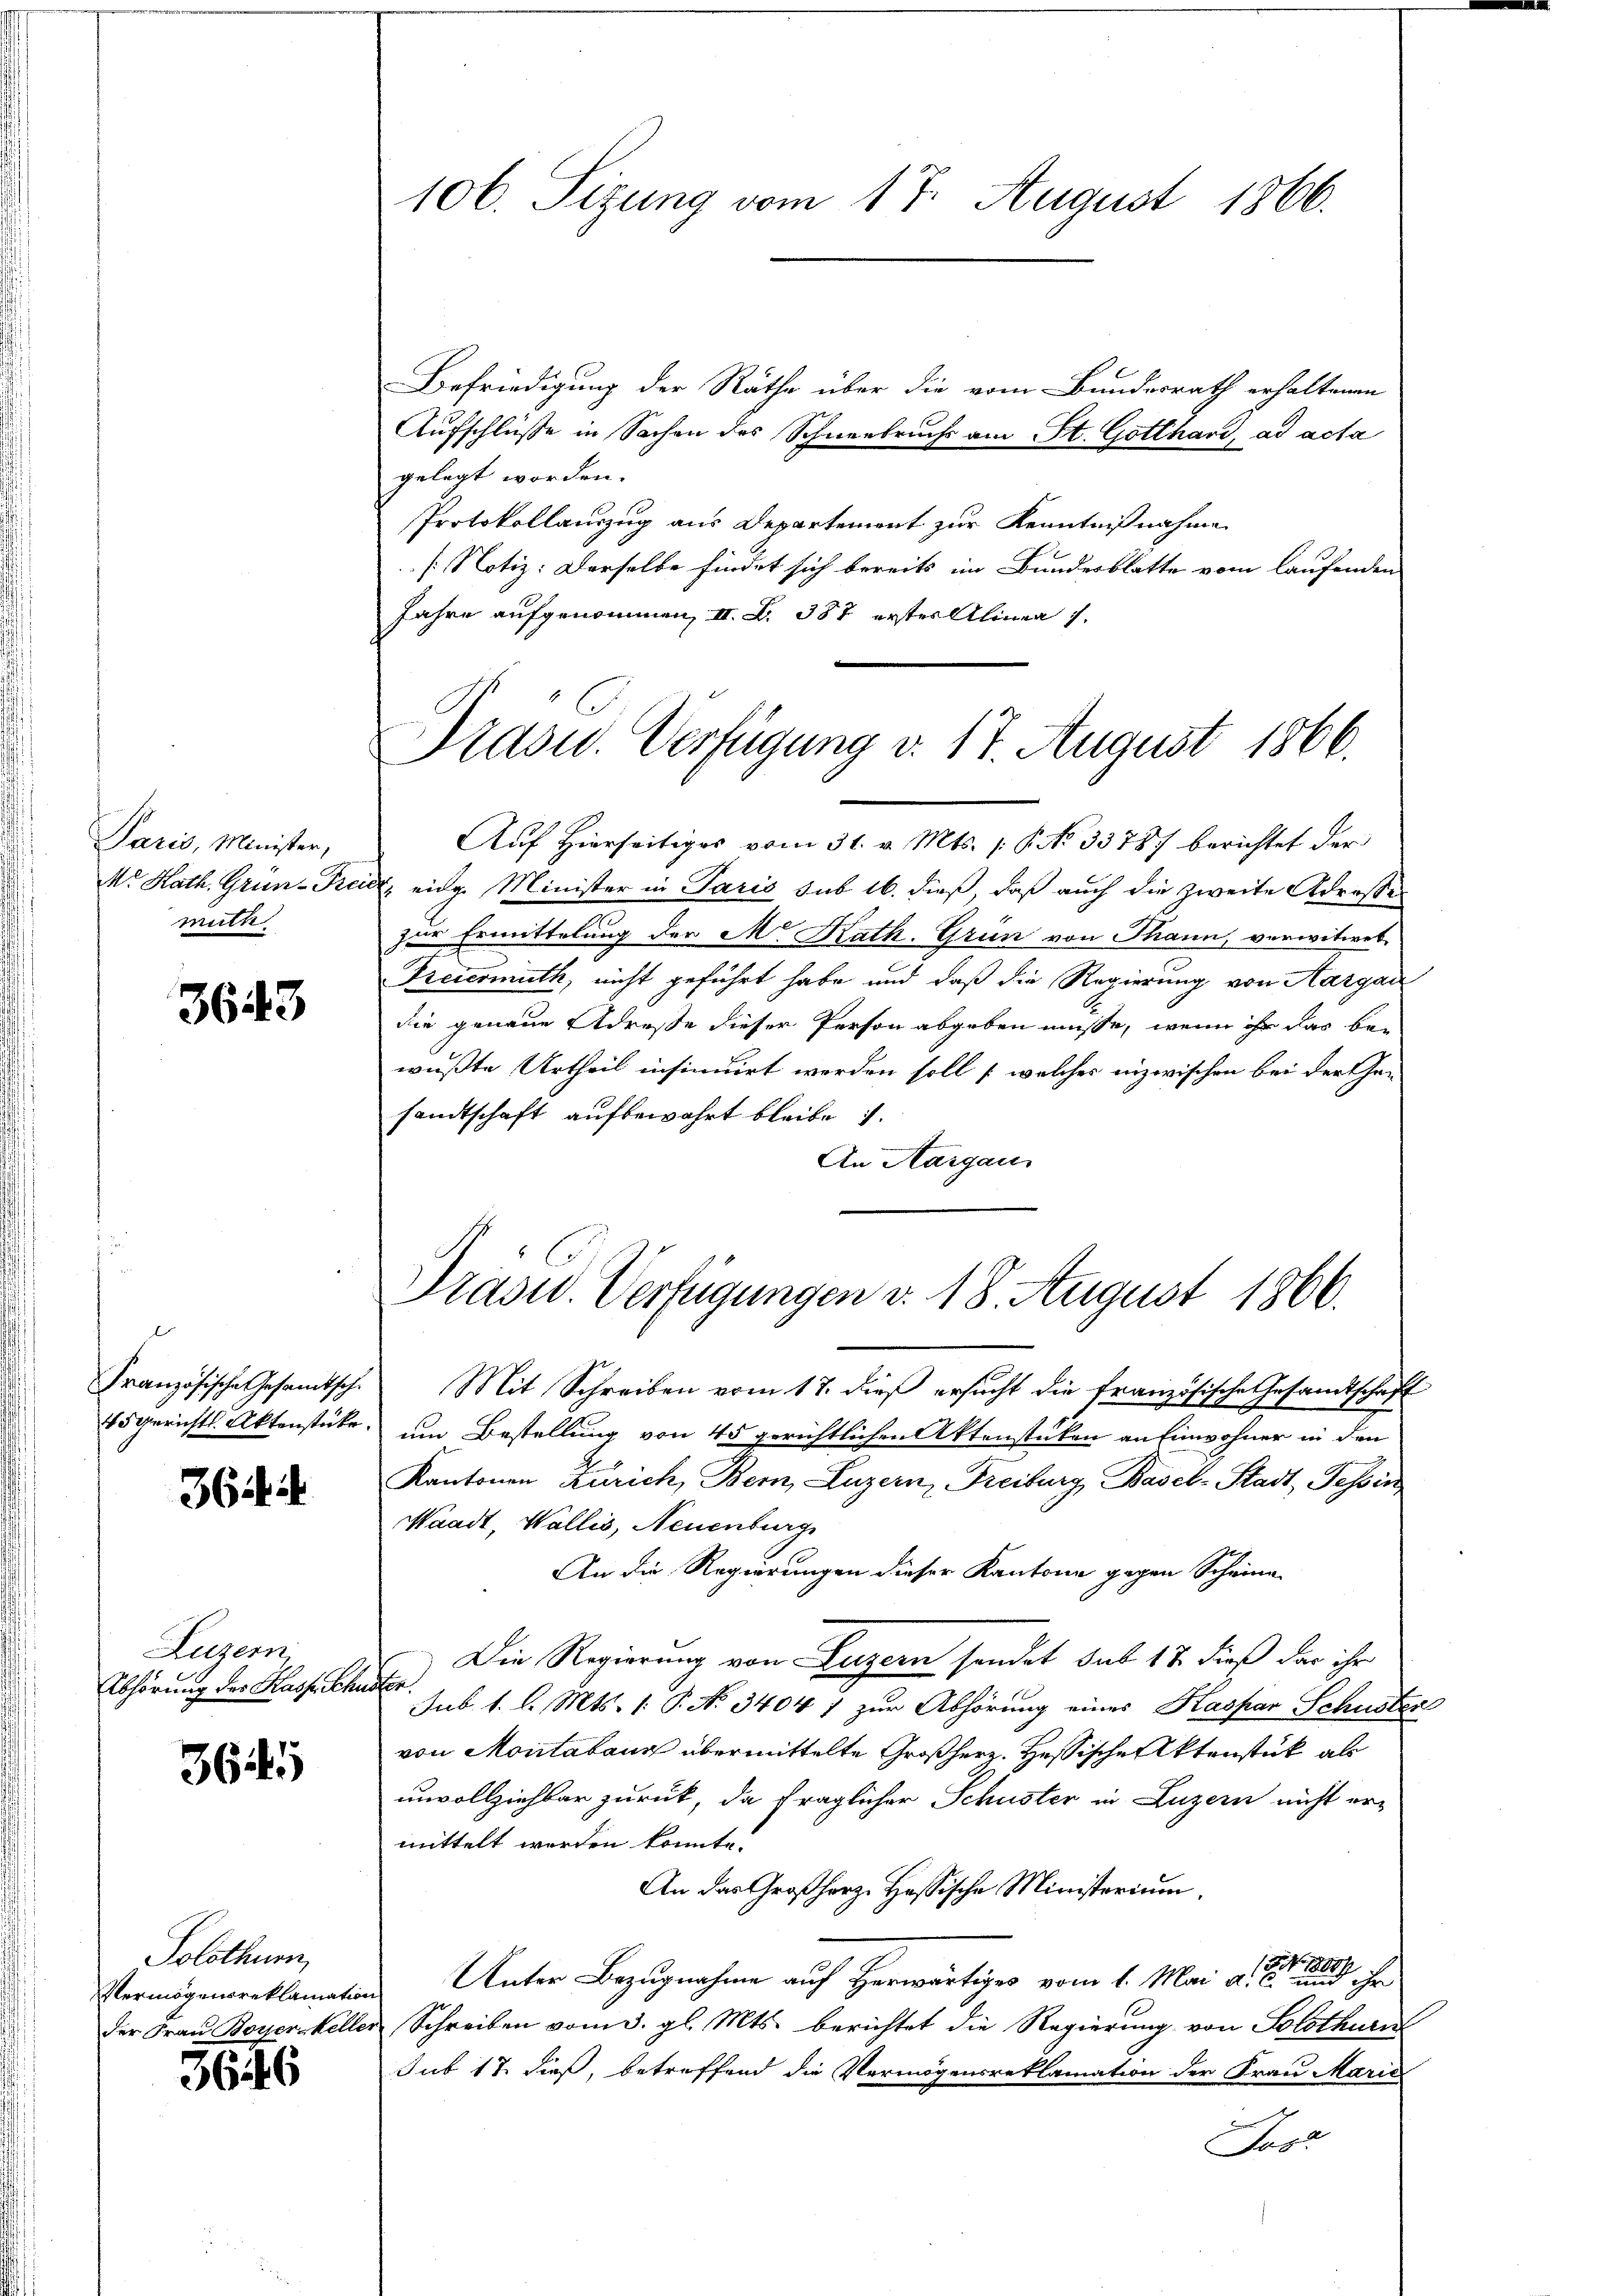
Paris, Minister,
Mr. Hath. Grün-Frei
muth

3643

Französische Gesandtsch
45 gerichts. Aktenstücke

364.

Luzern
Abhörung des Hasse Schr

3645

Solothur,
Vermögensreklamatio
der Frau Boyer Kelle

646

106. Sizung vom 17. August 1866.

Prasid. Verfügung v. 17. August 1866.

Befriedigung der Räthe über die vom Bundesrath erhaltenen
Aufschlüsse in Sachen des Schneebruchs am St. Gotthard, ad acta
gelegt worden.
Protokollauszug aus Departement zur Kenntnißnahme
[Notiz: Derselbe findet sich bereits im Bundesblatte vom laufenden
Jahre aufgenommen, II. R. 387 erster Alinen 1.
Auf hierseitiges vom 31. v. Mts. 1. No. 33787 berichtet der
d. eidg. Minister in Paris sub 16. dieß, daß auch die zweite Adresses
zur Ermittelung der M. Kath. Grün von Thann, verwitwet
Freiermuth, nicht geführt habe und daß die Regierung von Aargau
die genaue Adresse dieser Person abgeben müsse, wenn ihr dar bei
wußte Urtheil insinuirt werden soll (welcher inzwischen bei der Gen
sandtschaft aufbewahrt bleibe i
An Aargaus
Präsid. Verfügungen d. 18 August 1866.
Mit Schreiben vom 17. dieß ersucht die französische Gesandtschaft
um Bestellung von 45 gerichtlichen Aktenstücken an Einwohner in den
Kantonen Zürich, Bern, Luzern, Freiburg, Basel-Stadt, Tessin
Waadt, Wallis, Neuenburg
An die Regierungen dieser Kantone gegen Scheine
Die Regierung von Luzern sendet sub 12 dieß das ihr
h
Sub. 1. l. Mts. (: P. N. 3404 1 zur Abhörung eines Kaspar Schuster
von Montabann übermittelte Großherz. Hessische Aktenstück als
unvollziehbar zurück, da fraglicher Schuster in Luzern nicht er-
mittelt werden könnte.
An das Großherz. Hassische Ministerium,
Unter Bezugnahme auf Herwärtiges vom 1. Mai d. J. an ihr
in Schreiben vom 3. gl. Mts. berichtet die Regierung von Solothurn
sub 17 dieß, betreffend die Vermögensreklamation der Frau Marići
Jost